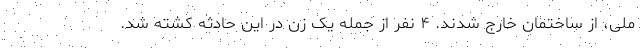
ملی، از ساختمان خارج شدند. ۴ نفر از جمله یک زن در این حادثه کشته شد.